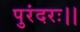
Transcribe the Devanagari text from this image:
पुरंदरः।।